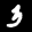
Label: 3